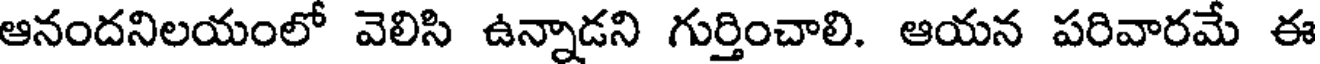
ఆనందనిలయంలో వెలిసి ఉన్నాడని గుర్తించాలి. ఆయన పరివారమే ఈ